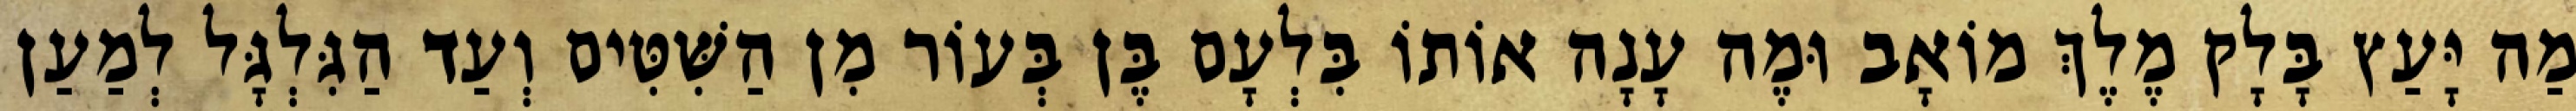
מַה יָּעַץ בָּלָק מֶלֶךְ מוֹאָב וּמֶה עָנָה אוֹתוֹ בִּלְעָם בֶּן בְּעוֹר מִן הַשִּׁטִּים וְעַד הַגִּלְגָּל לְמַעַן